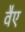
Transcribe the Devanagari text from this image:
वैए